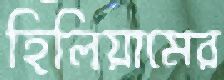
হিলিয়ামের